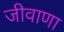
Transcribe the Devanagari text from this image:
जीवाणा